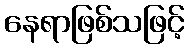
နေရာဖြစ်သဖြင့်